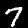
Label: 7